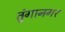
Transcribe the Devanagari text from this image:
तुंगानगर